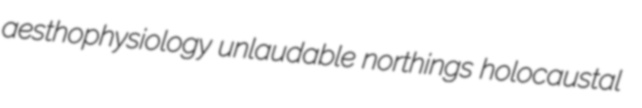
aesthophysiology unlaudable northings holocaustal